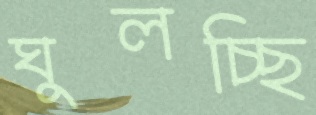
ঘুলচ্ছি